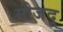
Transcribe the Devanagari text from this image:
मौजदू